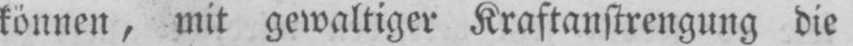
können, mit gewaltiger Kraftanstrengung die